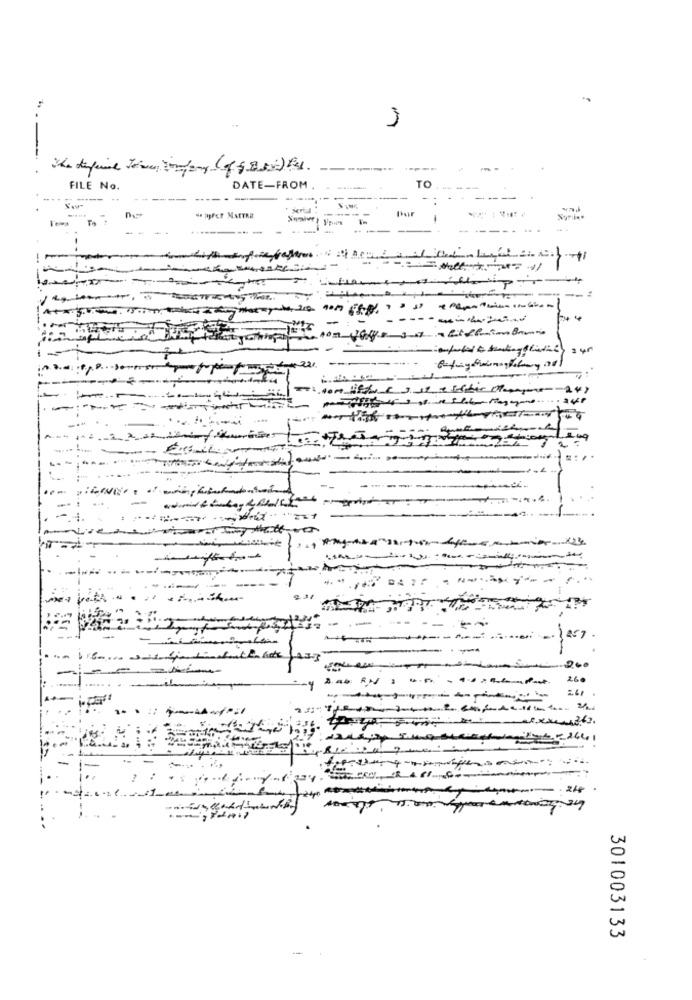
M
---
FILE No.
DATE-FROM
TO
-
-
Bur
- Fer MATTAR
-------
- -
.. . ..
----
--
---
-- 1
-
-
---..
DA !!
----
1457
161.
641
-
24
301003133